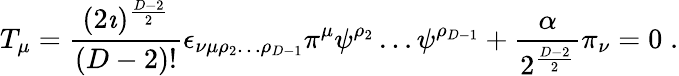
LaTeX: T_{\mu}=\frac{(2\imath)^{\frac{D-2}{2}}}{(D-2)!}\epsilon_{\nu\mu\rho_{2}\ldots\rho_{D-1}}\pi^{\mu}\psi^{\rho_{2}}\ldots\psi^{\rho_{D-1}}+\frac{\alpha}{2^{\frac{D-2}{2}}}\pi_{\nu}=0\; .